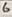
Text: 6